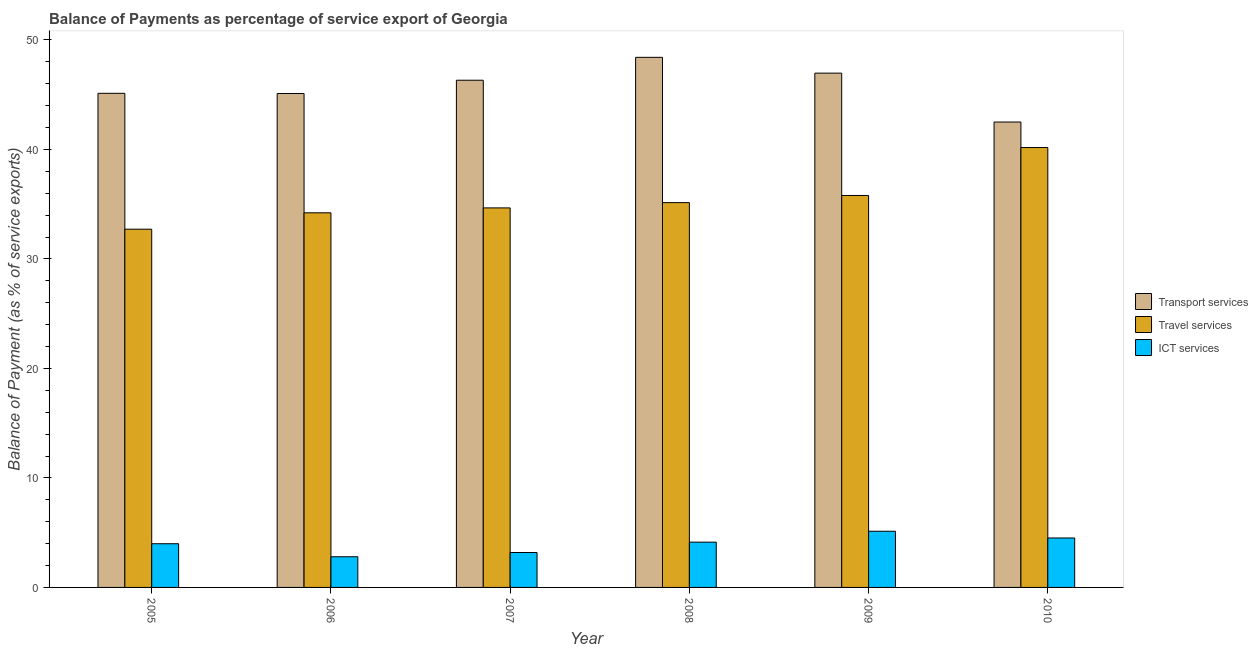
| Year | Transport services | Travel services | ICT services |
 | --- | --- | --- | --- |
 | 2005 | 45.1 | 32.7 | 3.99 |
 | 2006 | 45.1 | 34.2 | 2.8 |
 | 2007 | 46.3 | 34.7 | 3.19 |
 | 2008 | 48.4 | 35.1 | 4.14 |
 | 2009 | 47 | 35.8 | 5.13 |
 | 2010 | 42.5 | 40.2 | 4.52 |